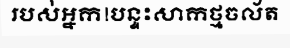
របស់អ្នក!បន្ទះសាកថ្មចល័ត